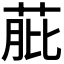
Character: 𦱔